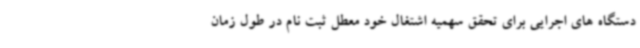
دستگاه های اجرایی برای تحقق سهمیه اشتغال خود معطل ثبت نام در طول زمان